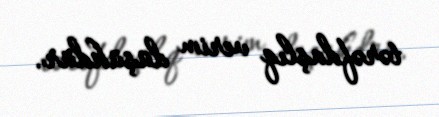
tərəfdaşlıq verim düşükdür.